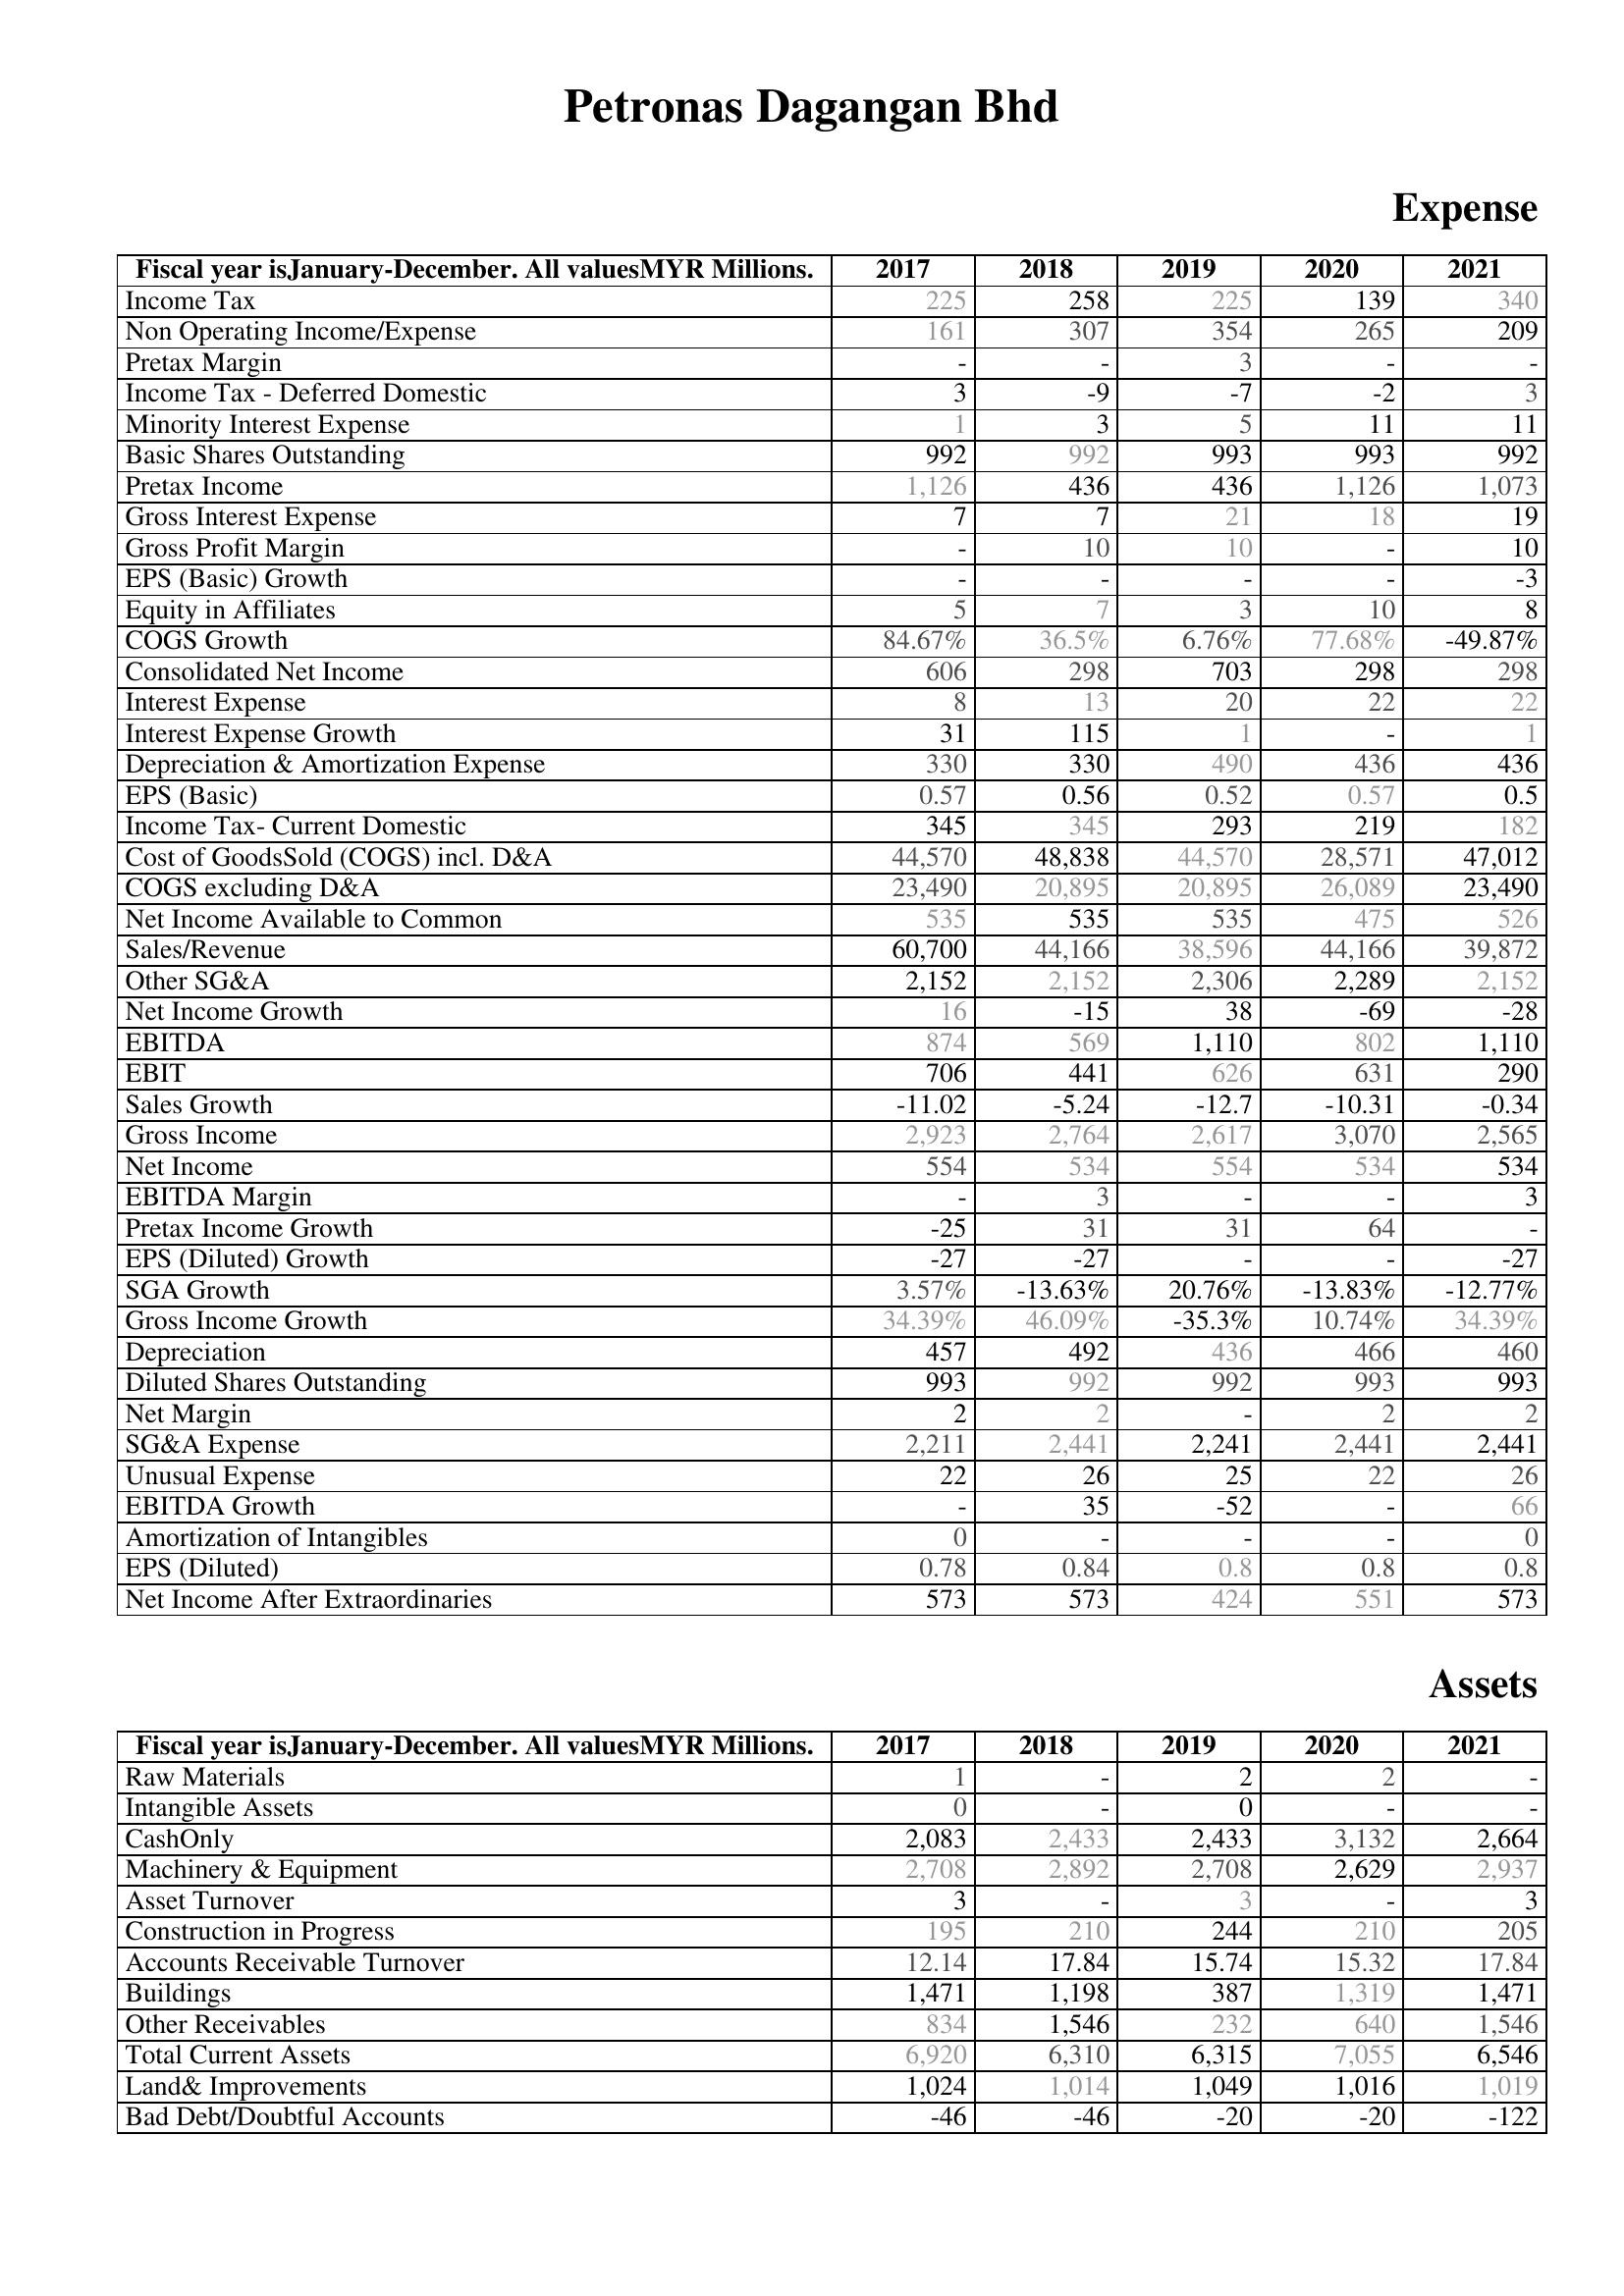
2017: Expense: Income Tax: 225
Non Operating Income/Expense: 161
Pretax Margin: -
Income Tax - Deferred Domestic: 3
Minority Interest Expense: 1
Basic Shares Outstanding: 992
Pretax Income: 1,126
Gross Interest Expense: 7
Gross Profit Margin: -
EPS (Basic) Growth: -
Equity in Affiliates: 5
COGS Growth: 84.67%
Consolidated Net Income: 606
Interest Expense: 8
Interest Expense Growth: 31
Depreciation & Amortization Expense: 330
EPS (Basic): 0.57
Income Tax- Current Domestic: 345
Cost of GoodsSold (COGS) incl. D&A: 44,570
COGS excluding D&A: 23,490
Net Income Available to Common: 535
Sales/Revenue: 60,700
Other SG&A: 2,152
Net Income Growth: 16
EBITDA: 874
EBIT: 706
Sales Growth: -11.02
Gross Income: 2,923
Net Income: 554
EBITDA Margin: -
Pretax Income Growth: -25
EPS (Diluted) Growth: -27
SGA Growth: 3.57%
Gross Income Growth: 34.39%
Depreciation: 457
Diluted Shares Outstanding: 993
Net Margin: 2
SG&A Expense: 2,211
Unusual Expense: 22
EBITDA Growth: -
Amortization of Intangibles: 0
EPS (Diluted): 0.78
Net Income After Extraordinaries: 573
Assets: Raw Materials: 1
Intangible Assets: 0
CashOnly: 2,083
Machinery & Equipment: 2,708
Asset Turnover: 3
Construction in Progress: 195
Accounts Receivable Turnover: 12.14
Buildings: 1,471
Other Receivables: 834
Total Current Assets: 6,920
Land& Improvements: 1,024
Bad Debt/Doubtful Accounts: -46
2018: Expense: Income Tax: 258
Non Operating Income/Expense: 307
Pretax Margin: -
Income Tax - Deferred Domestic: -9
Minority Interest Expense: 3
Basic Shares Outstanding: 992
Pretax Income: 436
Gross Interest Expense: 7
Gross Profit Margin: 10
EPS (Basic) Growth: -
Equity in Affiliates: 7
COGS Growth: 36.5%
Consolidated Net Income: 298
Interest Expense: 13
Interest Expense Growth: 115
Depreciation & Amortization Expense: 330
EPS (Basic): 0.56
Income Tax- Current Domestic: 345
Cost of GoodsSold (COGS) incl. D&A: 48,838
COGS excluding D&A: 20,895
Net Income Available to Common: 535
Sales/Revenue: 44,166
Other SG&A: 2,152
Net Income Growth: -15
EBITDA: 569
EBIT: 441
Sales Growth: -5.24
Gross Income: 2,764
Net Income: 534
EBITDA Margin: 3
Pretax Income Growth: 31
EPS (Diluted) Growth: -27
SGA Growth: -13.63%
Gross Income Growth: 46.09%
Depreciation: 492
Diluted Shares Outstanding: 992
Net Margin: 2
SG&A Expense: 2,441
Unusual Expense: 26
EBITDA Growth: 35
Amortization of Intangibles: -
EPS (Diluted): 0.84
Net Income After Extraordinaries: 573
Assets: Raw Materials: -
Intangible Assets: -
CashOnly: 2,433
Machinery & Equipment: 2,892
Asset Turnover: -
Construction in Progress: 210
Accounts Receivable Turnover: 17.84
Buildings: 1,198
Other Receivables: 1,546
Total Current Assets: 6,310
Land& Improvements: 1,014
Bad Debt/Doubtful Accounts: -46
2019: Expense: Income Tax: 225
Non Operating Income/Expense: 354
Pretax Margin: 3
Income Tax - Deferred Domestic: -7
Minority Interest Expense: 5
Basic Shares Outstanding: 993
Pretax Income: 436
Gross Interest Expense: 21
Gross Profit Margin: 10
EPS (Basic) Growth: -
Equity in Affiliates: 3
COGS Growth: 6.76%
Consolidated Net Income: 703
Interest Expense: 20
Interest Expense Growth: 1
Depreciation & Amortization Expense: 490
EPS (Basic): 0.52
Income Tax- Current Domestic: 293
Cost of GoodsSold (COGS) incl. D&A: 44,570
COGS excluding D&A: 20,895
Net Income Available to Common: 535
Sales/Revenue: 38,596
Other SG&A: 2,306
Net Income Growth: 38
EBITDA: 1,110
EBIT: 626
Sales Growth: -12.7
Gross Income: 2,617
Net Income: 554
EBITDA Margin: -
Pretax Income Growth: 31
EPS (Diluted) Growth: -
SGA Growth: 20.76%
Gross Income Growth: -35.3%
Depreciation: 436
Diluted Shares Outstanding: 992
Net Margin: -
SG&A Expense: 2,241
Unusual Expense: 25
EBITDA Growth: -52
Amortization of Intangibles: -
EPS (Diluted): 0.8
Net Income After Extraordinaries: 424
Assets: Raw Materials: 2
Intangible Assets: 0
CashOnly: 2,433
Machinery & Equipment: 2,708
Asset Turnover: 3
Construction in Progress: 244
Accounts Receivable Turnover: 15.74
Buildings: 387
Other Receivables: 232
Total Current Assets: 6,315
Land& Improvements: 1,049
Bad Debt/Doubtful Accounts: -20
2020: Expense: Income Tax: 139
Non Operating Income/Expense: 265
Pretax Margin: -
Income Tax - Deferred Domestic: -2
Minority Interest Expense: 11
Basic Shares Outstanding: 993
Pretax Income: 1,126
Gross Interest Expense: 18
Gross Profit Margin: -
EPS (Basic) Growth: -
Equity in Affiliates: 10
COGS Growth: 77.68%
Consolidated Net Income: 298
Interest Expense: 22
Interest Expense Growth: -
Depreciation & Amortization Expense: 436
EPS (Basic): 0.57
Income Tax- Current Domestic: 219
Cost of GoodsSold (COGS) incl. D&A: 28,571
COGS excluding D&A: 26,089
Net Income Available to Common: 475
Sales/Revenue: 44,166
Other SG&A: 2,289
Net Income Growth: -69
EBITDA: 802
EBIT: 631
Sales Growth: -10.31
Gross Income: 3,070
Net Income: 534
EBITDA Margin: -
Pretax Income Growth: 64
EPS (Diluted) Growth: -
SGA Growth: -13.83%
Gross Income Growth: 10.74%
Depreciation: 466
Diluted Shares Outstanding: 993
Net Margin: 2
SG&A Expense: 2,441
Unusual Expense: 22
EBITDA Growth: -
Amortization of Intangibles: -
EPS (Diluted): 0.8
Net Income After Extraordinaries: 551
Assets: Raw Materials: 2
Intangible Assets: -
CashOnly: 3,132
Machinery & Equipment: 2,629
Asset Turnover: -
Construction in Progress: 210
Accounts Receivable Turnover: 15.32
Buildings: 1,319
Other Receivables: 640
Total Current Assets: 7,055
Land& Improvements: 1,016
Bad Debt/Doubtful Accounts: -20
2021: Expense: Income Tax: 340
Non Operating Income/Expense: 209
Pretax Margin: -
Income Tax - Deferred Domestic: 3
Minority Interest Expense: 11
Basic Shares Outstanding: 992
Pretax Income: 1,073
Gross Interest Expense: 19
Gross Profit Margin: 10
EPS (Basic) Growth: -3
Equity in Affiliates: 8
COGS Growth: -49.87%
Consolidated Net Income: 298
Interest Expense: 22
Interest Expense Growth: 1
Depreciation & Amortization Expense: 436
EPS (Basic): 0.5
Income Tax- Current Domestic: 182
Cost of GoodsSold (COGS) incl. D&A: 47,012
COGS excluding D&A: 23,490
Net Income Available to Common: 526
Sales/Revenue: 39,872
Other SG&A: 2,152
Net Income Growth: -28
EBITDA: 1,110
EBIT: 290
Sales Growth: -0.34
Gross Income: 2,565
Net Income: 534
EBITDA Margin: 3
Pretax Income Growth: -
EPS (Diluted) Growth: -27
SGA Growth: -12.77%
Gross Income Growth: 34.39%
Depreciation: 460
Diluted Shares Outstanding: 993
Net Margin: 2
SG&A Expense: 2,441
Unusual Expense: 26
EBITDA Growth: 66
Amortization of Intangibles: 0
EPS (Diluted): 0.8
Net Income After Extraordinaries: 573
Assets: Raw Materials: -
Intangible Assets: -
CashOnly: 2,664
Machinery & Equipment: 2,937
Asset Turnover: 3
Construction in Progress: 205
Accounts Receivable Turnover: 17.84
Buildings: 1,471
Other Receivables: 1,546
Total Current Assets: 6,546
Land& Improvements: 1,019
Bad Debt/Doubtful Accounts: -122